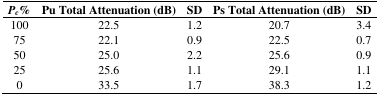
<table><thead><tr><td><b><i>P<sub>c</sub></i>%</b></td><td><b>Pu Total Attenuation (dB)</b></td><td><b>SD</b></td><td><b>Ps Total Attenuation (dB)</b></td><td><b>SD</b></td></tr></thead><tbody><tr><td>100</td><td>22.5</td><td>1.2</td><td>20.7</td><td>3.4</td></tr><tr><td>75</td><td>22.1</td><td>0.9</td><td>22.5</td><td>0.7</td></tr><tr><td>50</td><td>25.0</td><td>2.2</td><td>25.6</td><td>0.9</td></tr><tr><td>25</td><td>25.6</td><td>1.1</td><td>29.1</td><td>1.1</td></tr><tr><td>0</td><td>33.5</td><td>1.7</td><td>38.3</td><td>1.2</td></tr></tbody></table>